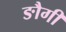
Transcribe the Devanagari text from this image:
ङौगी